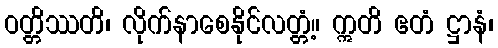
ဝတ္တိဿတိ၊ လိုက်နာစေနိုင်လတ္တံ့။ ဣတိ ဧတံ ဋ္ဌာနံ၊